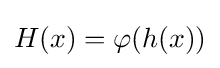
H(x)=\varphi (h(x))